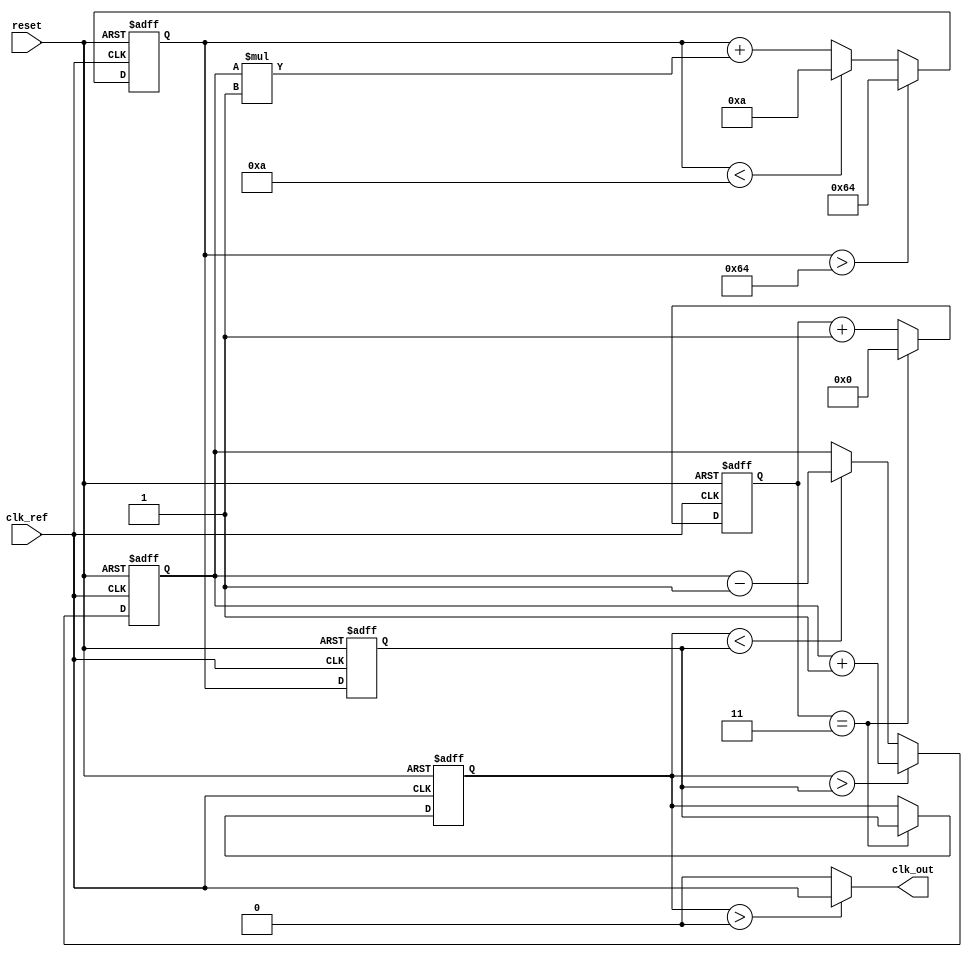
module PLL (
    input wire clk_ref,           // Reference clock input
    input wire reset,             // Asynchronous reset
    output wire clk_out           // Output clock
);

// Parameters
parameter DIV_RATIO = 4;         // Division ratio for frequency divider
parameter VCO_MAX_FREQ = 100;    // Maximum frequency for VCO
parameter VCO_MIN_FREQ = 10;      // Minimum frequency for VCO
parameter LOOP_FILTER_GAIN = 1;   // Gain for the loop filter

// Internal signals
reg [7:0] phase_error;            // Phase error signal from phase detector
reg [7:0] control_voltage;         // Control voltage for VCO
reg [7:0] vco_output;              // Output frequency from VCO
reg [7:0] divider_output;          // Frequency divider output
reg [3:0] counter;                 // Counter for frequency division

// Phase Detector
always @(posedge clk_ref or posedge reset) begin
    if (reset) begin
        phase_error <= 0;
    end else begin
        // Simple phase error detection (leading/lagging)
        if (divider_output > vco_output) begin
            phase_error <= phase_error + 1; // Lagging
        end else if (divider_output < vco_output) begin
            phase_error <= phase_error - 1; // Leading
        end
    end
end

// Loop Filter (Simple Integrator)
always @(posedge clk_ref or posedge reset) begin
    if (reset) begin
        control_voltage <= 0;
    end else begin
        control_voltage <= control_voltage + (phase_error * LOOP_FILTER_GAIN);
        // Clamp control voltage to VCO range
        if (control_voltage > VCO_MAX_FREQ) begin
            control_voltage <= VCO_MAX_FREQ;
        end else if (control_voltage < VCO_MIN_FREQ) begin
            control_voltage <= VCO_MIN_FREQ;
        end
    end
end

// Voltage-Controlled Oscillator (VCO)
always @(posedge clk_ref or posedge reset) begin
    if (reset) begin
        vco_output <= VCO_MIN_FREQ; // Start at minimum frequency
    end else begin
        vco_output <= control_voltage; // Output frequency controlled by voltage
    end
end

// Frequency Divider
always @(posedge clk_ref or posedge reset) begin
    if (reset) begin
        counter <= 0;
        divider_output <= 0;
    end else begin
        if (counter == DIV_RATIO - 1) begin
            divider_output <= vco_output;
            counter <= 0; // Reset counter
        end else begin
            counter <= counter + 1; // Increment counter
        end
    end
end

// Output clock generation
assign clk_out = (divider_output > 0) ? clk_ref : 0; // Simple clock output logic

endmodule